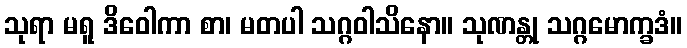
သုရာ မရူ ဒိဝေါကာ စာ၊ မတပါ သဂ္ဂဝါသိနော။ သုဏန္တု သဂ္ဂမောက္ခဒံ။